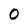
Character: 0